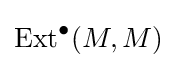
{\text{Ext}}^{\bullet }(M,M)